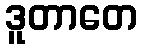
ဒူတာတေ